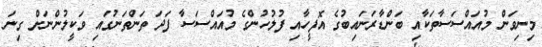
މިނިވަން މުއައްސަސާތަކާއި ބަންޑާރަނައިބުގެ އޮފީހާއި ފުލުހުންގެ މުއަައްސަސާ ފަދަ ތަންތަނުގައި ވަކީލުންނަށް ގިނަ